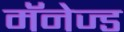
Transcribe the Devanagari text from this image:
मॅनेज्ड